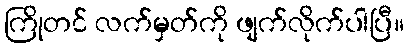
ကြိုတင် လက်မှတ်ကို ဖျက်လိုက်ပါပြီ။